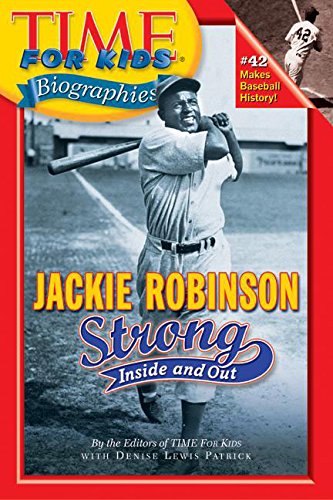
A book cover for Time For Kids: Jackie Robinson: Strong Inside and Out (Time for Kids Biographies); Editors of TIME For Kids; Children's Books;